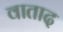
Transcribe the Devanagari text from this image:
वाताद